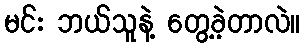
မင်း ဘယ်သူနဲ့ တွေ့ခဲ့တာလဲ။